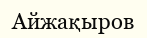
Айжақыров